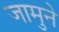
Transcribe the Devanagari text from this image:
जामुने